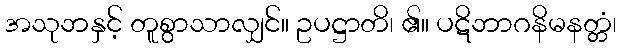
အသုဘနှင့် တူစွာသာလျှင်။ ဥပဋ္ဌာတိ၊ ၏။ ပဋိဘာဂနိမနတ္တံ၊